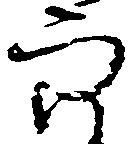
穴